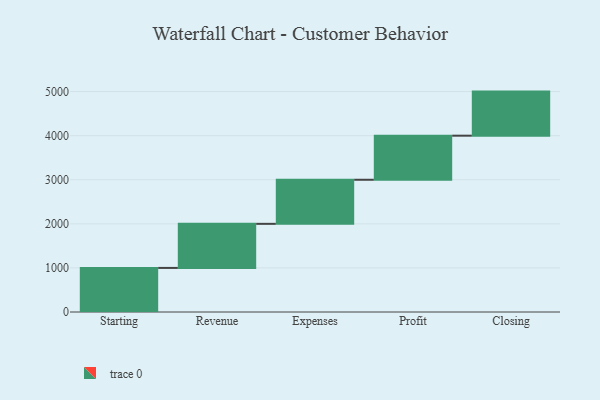
{"axis": {"x": "Step", "y": "Value"}, "legend": [""], "data": [{"x": "Starting", "y": 1000, "type": ""}, {"x": "Revenue", "y": 1000, "type": ""}, {"x": "Expenses", "y": 1000, "type": ""}, {"x": "Profit", "y": 1000, "type": ""}, {"x": "Closing", "y": 1000, "type": ""}]}